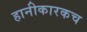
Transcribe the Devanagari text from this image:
हानीकारकच